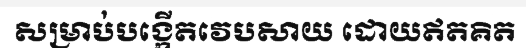
សម្រាប់បង្កើតវេបសាយ ដោយឥតគិត